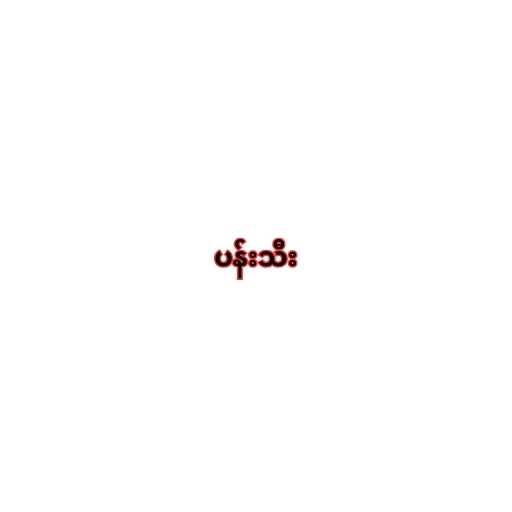
ပန်းသီး